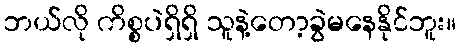
ဘယ်လို ကိစ္စပဲရှိရှိ သူနဲ့တော့ခွဲမနေနိုင်ဘူး။